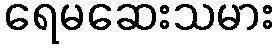
ရေမဆေးသမား